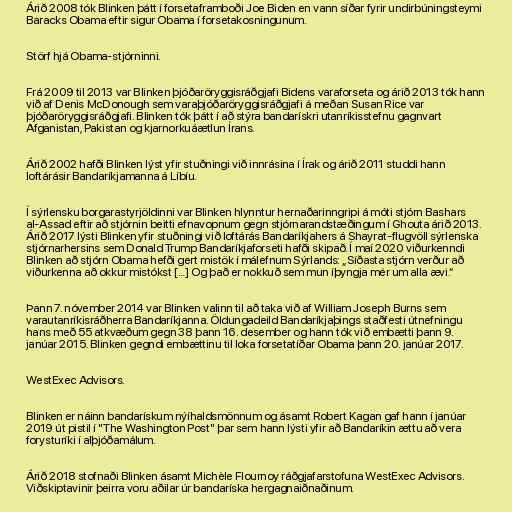
Árið 2008 tók Blinken þátt í forsetaframboði Joe Biden en vann síðar fyrir undirbúningsteymi
Baracks Obama eftir sigur Obama í forsetakosningunum.

Störf hjá Obama-stjórninni.

Frá 2009 til 2013 var Blinken þjóðaröryggisráðgjafi Bidens varaforseta og árið 2013 tók hann
við af Denis McDonough sem varaþjóðaröryggisráðgjafi á meðan Susan Rice var
þjóðaröryggisráðgjafi. Blinken tók þátt í að stýra bandarískri utanríkisstefnu gagnvart
Afganistan, Pakistan og kjarnorkuáætlun Írans.

Árið 2002 hafði Blinken lýst yfir stuðningi við innrásina í Írak og árið 2011 studdi hann
loftárásir Bandaríkjamanna á Líbíu.

Í sýrlensku borgarastyrjöldinni var Blinken hlynntur hernaðarinngripi á móti stjórn Bashars
al-Assad eftir að stjórnin beitti efnavopnum gegn stjórnarandstæðingum í Ghouta árið 2013.
Árið 2017 lýsti Blinken yfir stuðningi við loftárás Bandaríkjahers á Shayrat-flugvöll sýrlenska
stjórnarhersins sem Donald Trump Bandaríkjaforseti hafði skipað. Í maí 2020 viðurkenndi
Blinken að stjórn Obama hefði gert mistök í málefnum Sýrlands: „Síðasta stjórn verður að
viðurkenna að okkur mistókst […] Og það er nokkuð sem mun íþyngja mér um alla ævi.“

Þann 7. nóvember 2014 var Blinken valinn til að taka við af William Joseph Burns sem
varautanríkisráðherra Bandaríkjanna. Öldungadeild Bandaríkjaþings staðfesti útnefningu
hans með 55 atkvæðum gegn 38 þann 16. desember og hann tók við embætti þann 9.
janúar 2015. Blinken gegndi embættinu til loka forsetatíðar Obama þann 20. janúar 2017.

WestExec Advisors.

Blinken er náinn bandarískum nýíhaldsmönnum og ásamt Robert Kagan gaf hann í janúar
2019 út pistil í "The Washington Post" þar sem hann lýsti yfir að Bandaríkin ættu að vera
forysturíki í alþjóðamálum.

Árið 2018 stofnaði Blinken ásamt Michèle Flournoy ráðgjafarstofuna WestExec Advisors.
Viðskiptavinir þeirra voru aðilar úr bandaríska hergagnaiðnaðinum.